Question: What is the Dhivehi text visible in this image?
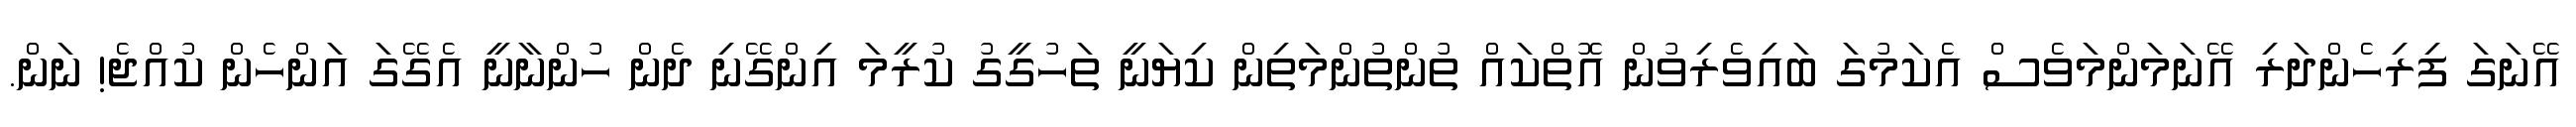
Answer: އޭނަގަ ފިރިހެންދަރި އޭނަމަންމަވެސް އެކަމުގަ ބައިވެރިވުން އޮތްކައް ތުންތުންމަތިން ކިޔަނީ ތަހުގީގު ކުރީމަ އިންގޭނި ދެން ހުންނާނީ އެގޭގަ އަންހެން ކުއްޖެ! ނަން.